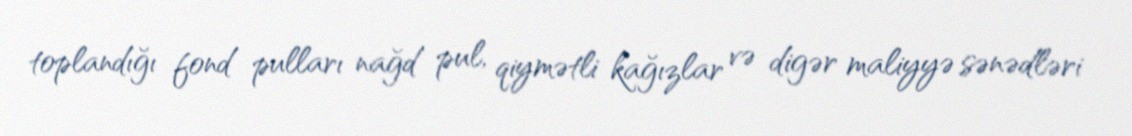
toplandığı fond pulları nağd pul, qiymətli kağızlar və digər maliyyə sənədləri